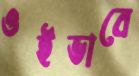
ওইভাবে